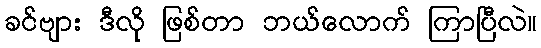
ခင်ဗျား ဒီလို ဖြစ်တာ ဘယ်လောက် ကြာပြီလဲ။